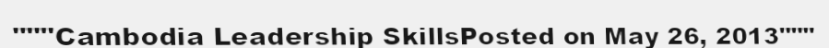
"""Cambodia Leadership SkillsPosted on May 26, 2013"""